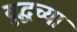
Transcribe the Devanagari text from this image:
युद्धच्या